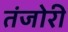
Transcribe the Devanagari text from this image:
तंजोरी